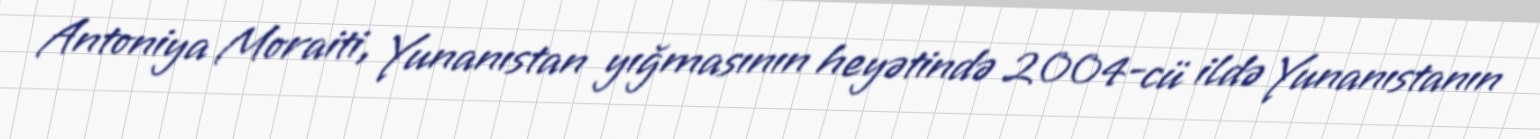
Antoniya Moraiti, Yunanıstan yığmasının heyətində 2004-cü ildə Yunanıstanın